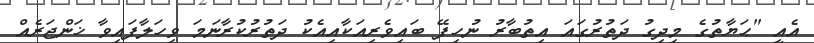
އެއީ "ޙަޔާތުގެ މިދިގު ދަތުރުގައަ އިތުބާރު ނުހިފޭ ބައިވެރިއަކާއިއެކު ދަތުރުކުރާނަމަ ވިހަލާފައިވާ ޚަންޖަރެއް